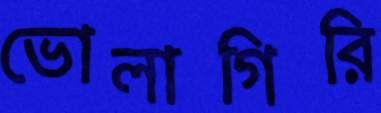
ভোলাগিরি